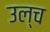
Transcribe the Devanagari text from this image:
उल्च